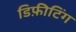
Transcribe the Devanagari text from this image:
डिफ़ीटिंग